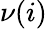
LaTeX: \nu(i)